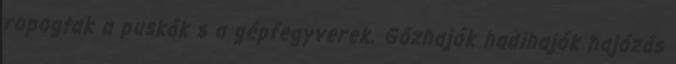
ropogtak a puskák s a gépfegyverek. Gőzhajók hadihajók hajózás